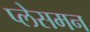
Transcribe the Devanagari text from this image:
प्लेसमन